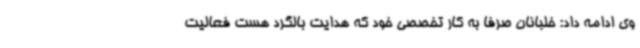
وی ادامه داد: خلبانان صرفا به کار تخصصی خود که هدایت بالگرد هست فعالیت